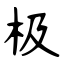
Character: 极